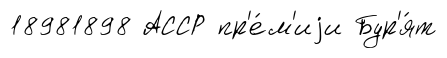
18981898 АССР пр'е́м'иjи Бур'я́т